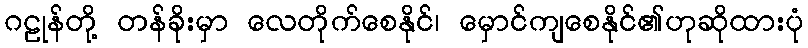
ဂဠုန်တို့ တန်ခိုးမှာ လေတိုက်စေနိုင်၊ မှောင်ကျစေနိုင်၏ဟုဆိုထားပုံ